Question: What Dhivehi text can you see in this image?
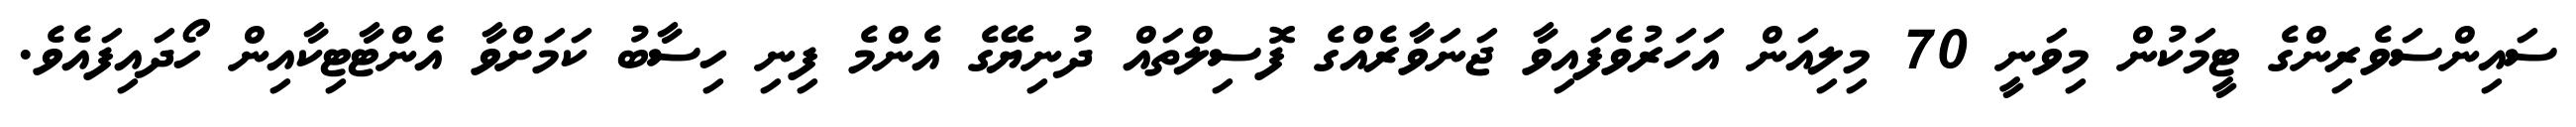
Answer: ސައިންސަވެރިންގެ ޓީމަކުން މިވަނީ 70 މިލިއަން އަހަރުވެފައިވާ ޖަނަވާރެއްގެ ފޮސިލްތައް ދުނިޔޭގެ އެންމެ ފިނި ހިސާބު ކަމަށްވާ އެންޓާޓިކާއިން ހޯދައިފައެވެ.